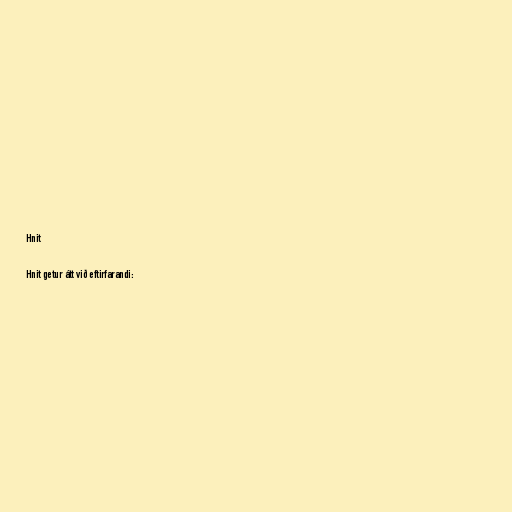
Hnit

Hnit getur átt við eftirfarandi: